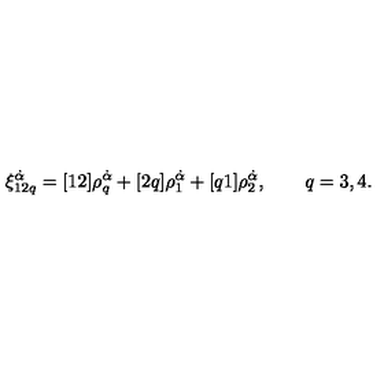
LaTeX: \xi _ { 1 2 q } ^ { \dot { \alpha } } = [ 1 2 ] \rho _ { q } ^ { \dot { \alpha } } + [ 2 q ] \rho _ { 1 } ^ { \dot { \alpha } } + [ q 1 ] \rho _ { 2 } ^ { \dot { \alpha } } , \qquad q = 3 , 4 .